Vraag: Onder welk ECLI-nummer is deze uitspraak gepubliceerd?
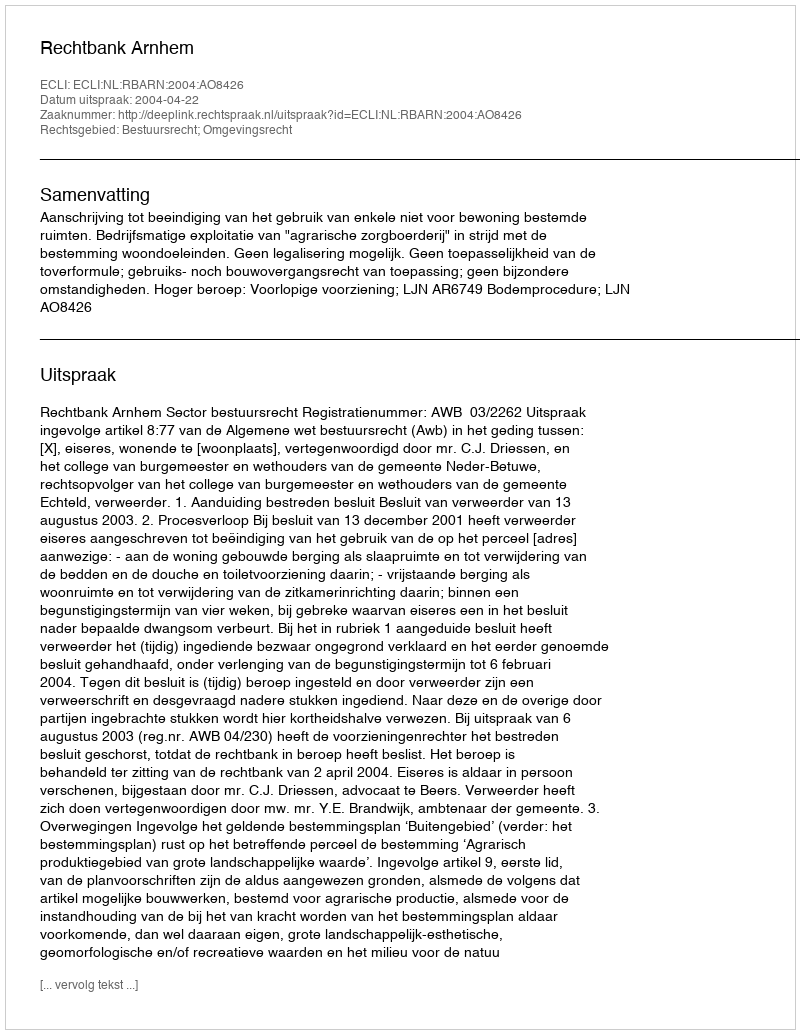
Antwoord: ECLI:NL:RBARN:2004:AO8426